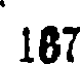
187